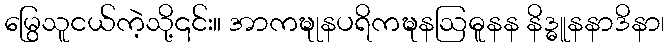
မြွေသူငယ်ကဲ့သို့၎င်း။ အာကဍ္ဎုနပရိကဍ္ဎနဩဓူနန နိဒ္ဓူနနာဒိနာ၊